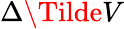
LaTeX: \Delta\Tilde{V}